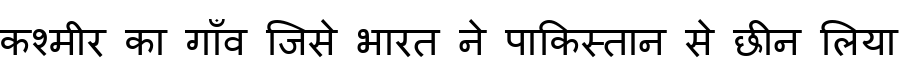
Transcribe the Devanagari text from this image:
कश्मीर का गाँव जिसे भारत ने पाकिस्तान से छीन लिया